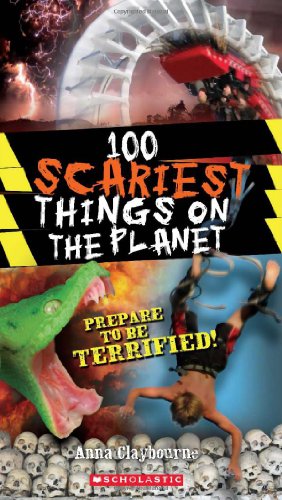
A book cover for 100 Scariest Things on the Planet (100 Most...); Anna Claybourne; Children's Books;